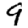
Digit: 9